Vaccination in Burma 1889-1999 - 1889-1999
Year: 1889
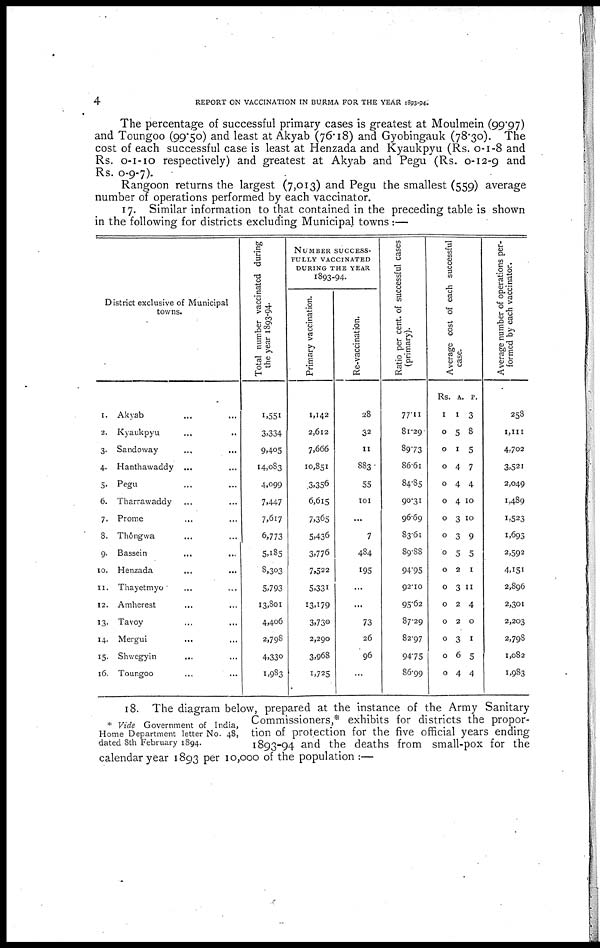
4
REPORT ON VACCINATION IN BURMA FOR THE YEAR 1893-94.
The percentage of successful primary cases is greatest at Moulmein (99.97)
and Toungoo (99.50) and least at Akyab (76.18) and Gyobingauk (78.30). The
cost of each successful case is least at Henzada and Kyaukpyu (Rs. 0-1 -8 and
Rs. 0-1-10 respectively) and greatest at Akyab and Pegu (Rs. 0-12-9 and
Rs. 0-9-7).
Rangoon returns the largest (7,013) and Pegu the smallest (559) average
number of operations performed by each vaccinator.
17. Similar information to that contained in the preceding table is shown
in the following for districts excluding Municipal towns:—
District exclusive of Municipal
towns.
1. Akyab ... ...
2. Kyaukpyu... ...
3. Sandoway... ...
4. Hanthawaddy... ...
5. Pegu... ...
6. Tharrawaddy... ...
7. Prome... ...
8. Thôngwa...
9. Bassein... ...
10. Henzada... ...
11. Thayetmyo... ...
12.
Amherest... ...
13. Tavoy... ...
14. Mergui... ...
15. Shwegyin... ...
16. Toungoo... ...
Total number vaccinated during
the year 1893-94.
1,551
3,334
9,405
14,083
4,099
7,447
7,617
6,773
5,185
8,303
5,793
13,801
4,406
2,798
4,330
1,983
NUMBER SUCCESS-
----- VACCINATED
DURING THE YEAR
1893-94.
Primary vaccination.
1,142
2,612
7,666
10,851
3,356
6,615
7,365
5,436
3,776
7,522
5,331
13,179
3,730
2,290
3,968
1,725
Re-vaccination.
28
32
11
883
55
101
...
7
484
195
...
...
73
26
96
...
Ratio per cent. of successful cases
(primary).
77.11
81.29
89.73
86.61
84.85
90.31
96.69
83.61
89.88
94.95
92.10
95.62
87.29
82.97
94.75
86.99
Average cost of each successful
case.
Rs.
1
0
0
0
0
0
0
0
0
0
0
0
0
0
0
0
A.
1
5
1
4
4
4
3
3
5
2
3
2
2
3
6
4
P.
3
8
5
7
4
10
10
9
5
1
11
4
0
1
5
4
Average number of operations per-
formed by each vaccinator.
258
1,111
4,702
3,521
2,049
1,489
1,523
1,693
2,592
4,151
2,896
2,301
2,203
2,798
1,082
1,983
* Vide Government of India,
Home Department letter No. 48,
dated 8th February 1894.
18. The diagram below, prepared at the instance of the Army Sanitary
Commissioners,* exhibits for districts the propor-
tion of protection for the five official years ending
1893-94 and the deaths from small-pox for the
calendar year 1893 per 10,000 of the population :—